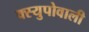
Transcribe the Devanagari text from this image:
क्स्युपोवाली